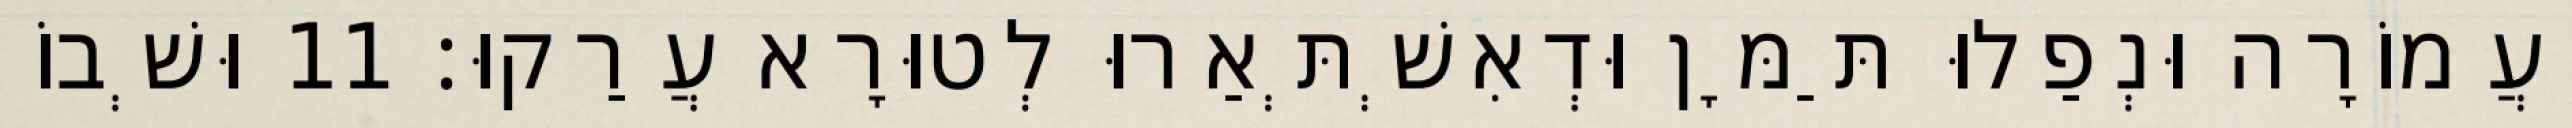
וַעֲמוֹרָה וּנְפַלוּ תַּמָּן וּדְאִשְׁתְּאַרוּ לְטוּרָא עֲרַקוּ׃ 11 וּשְׁבוֹ